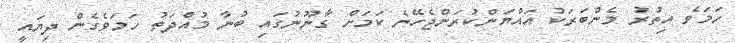
ހަަމަވެ އިތުރު މެންބަރަކު އައްޔަންކުރަންޖެހޭނެ ކަމަށް ގާނޫނުގައި ބުނާ މުއްދަތު ހަމަވެގެން ދިޔައީ